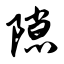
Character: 隙